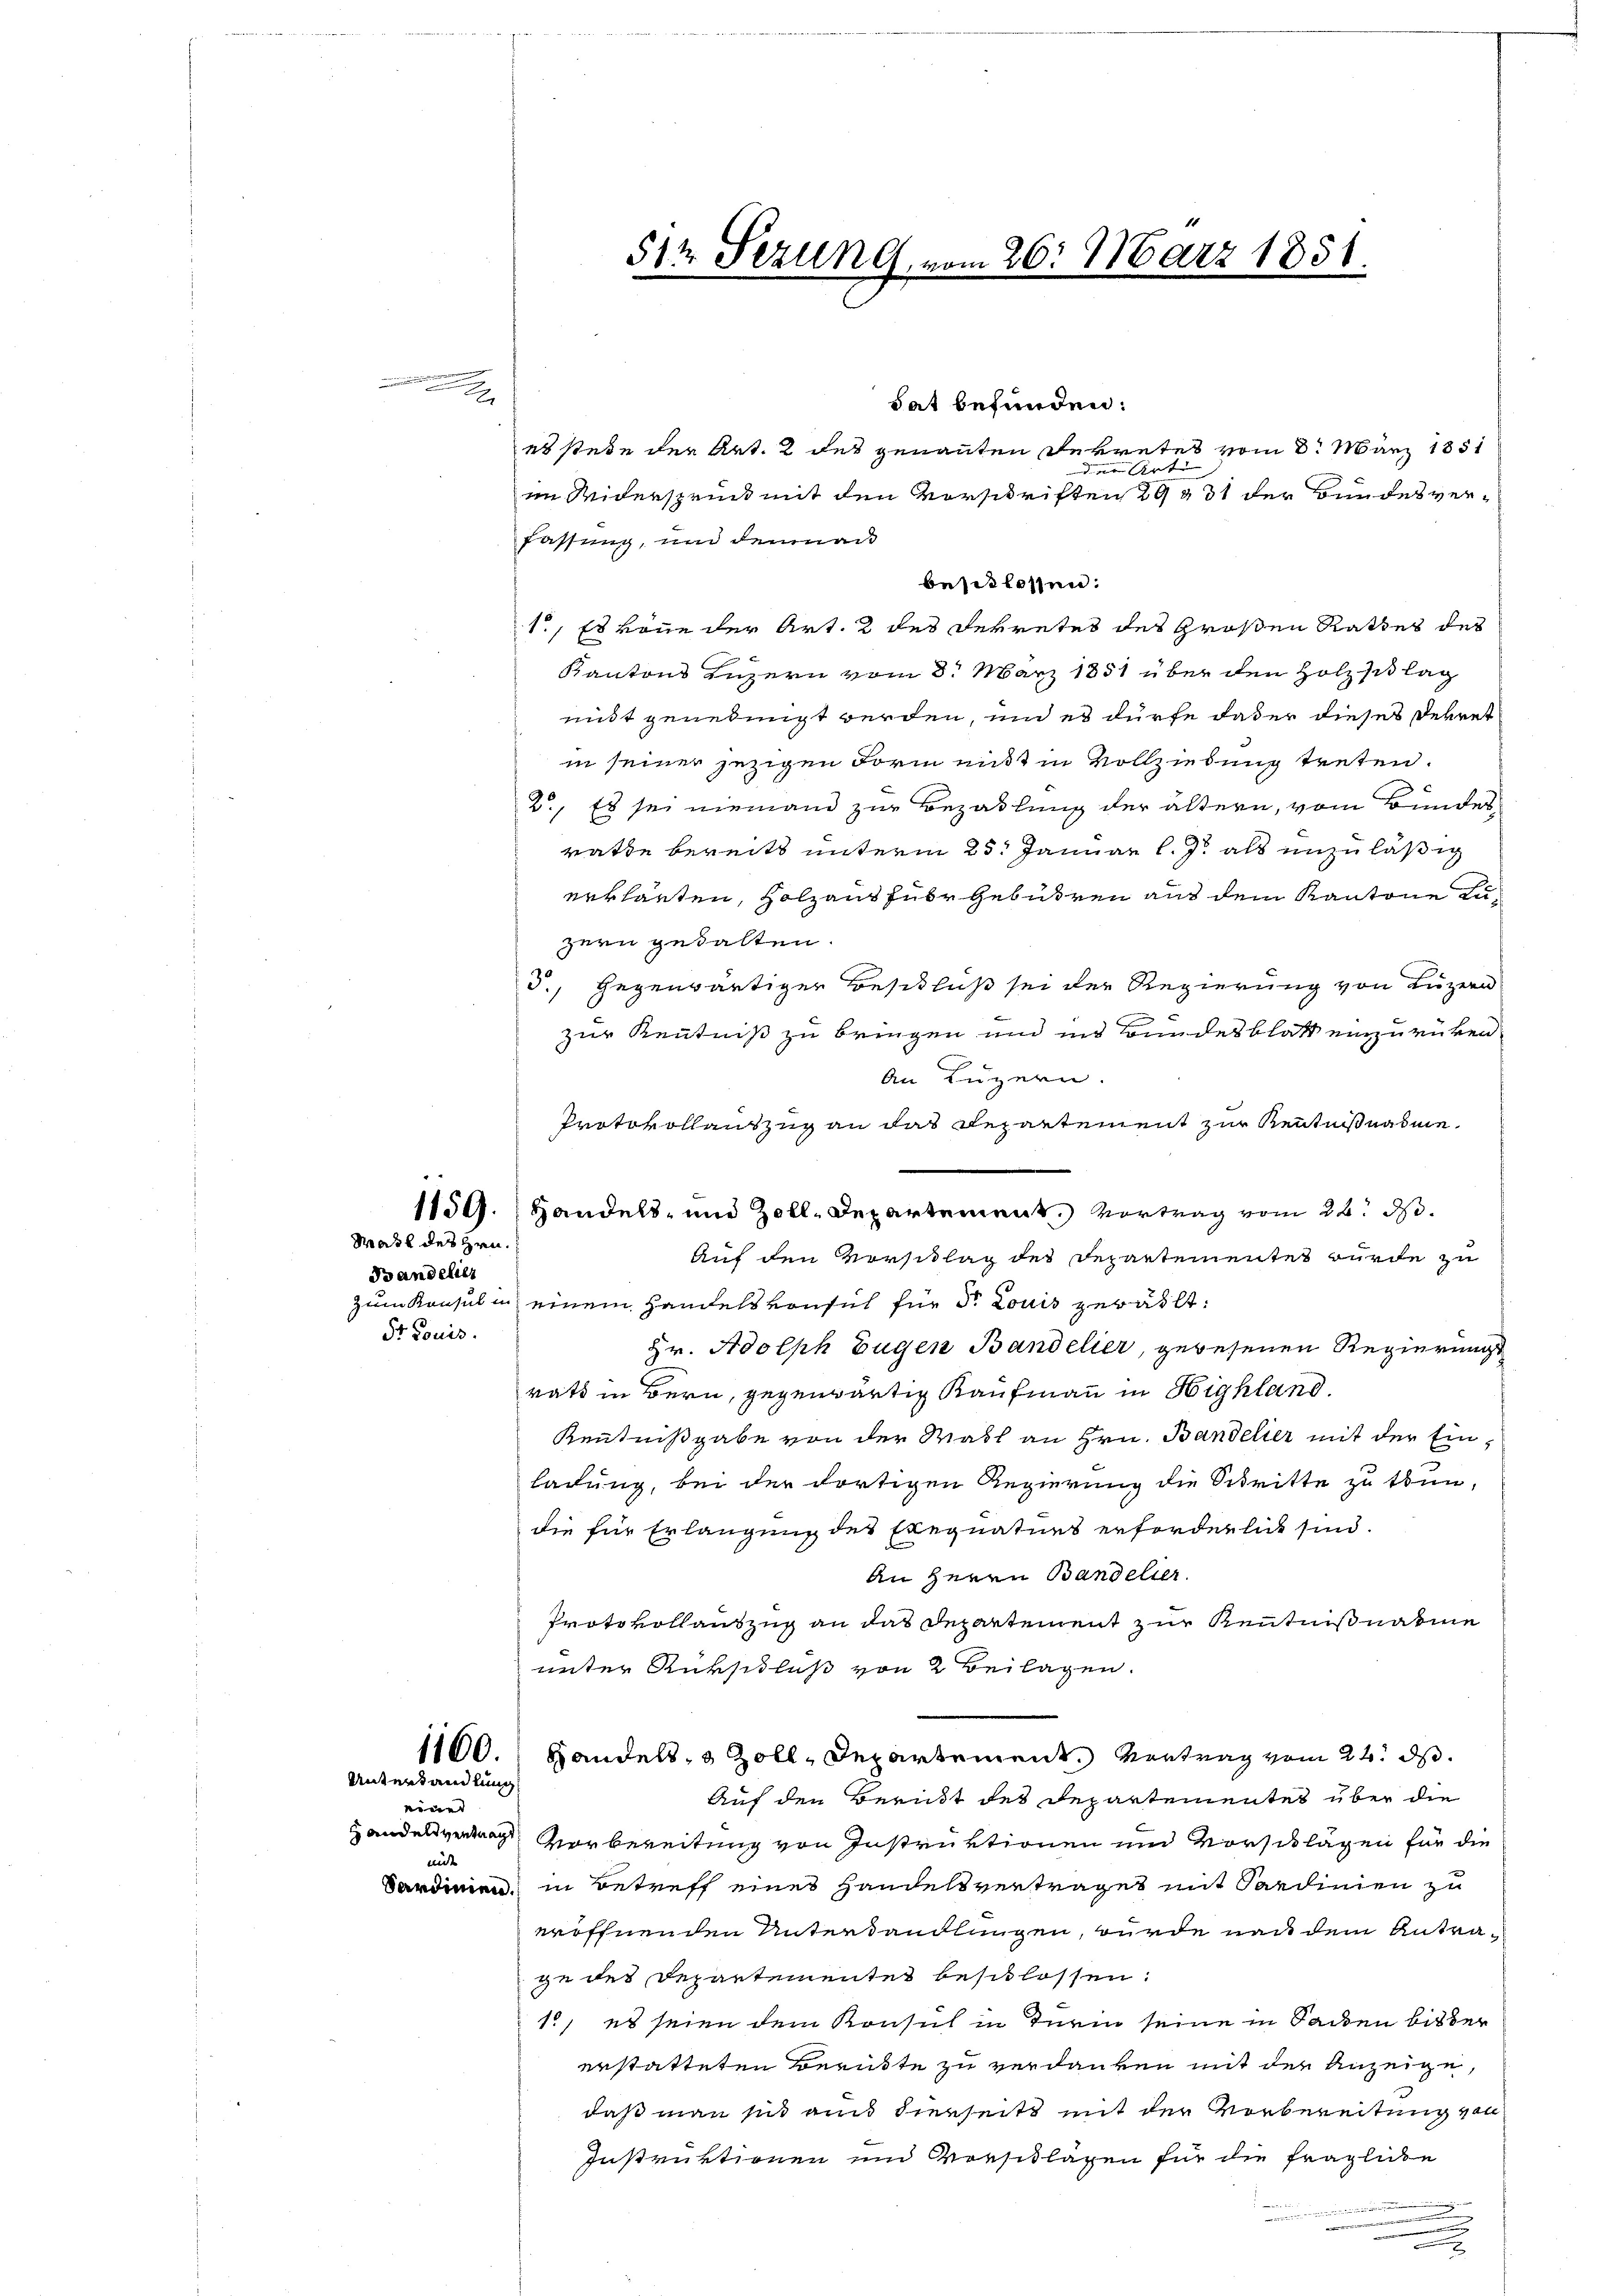
or
.

Bandelier
Sr Louis

1159.
Mahl des Hrn.

1160.
Unterhandlung

inet
mit

hat befunden:
es stehe der Art. 2 des genannten Dekretes vom 8. März 1851
d Arten |
im Widerspruck mit den Vorschriften 29 931 der Bundesverfassung, und demnac
besitlossen:
1., Es könne der Art. 2 des Sekretes des Großen Rathes des
Kantons Luzern vom 8. März 1851 über den Holz si lag
midt genehmigt werden, und es dürfe das er dieses Dekret
in seiner jezigen Form mit in Vollziehung treten.
2., Es sei niemand zur Bezahlung der ältern, vom Bundes
rathe bereits unterm 25. Januar l. J. als unzuläßig
erklärten, Holzauszuber Gebühren aus dem Kantone zuzern gehalten.
5., Gegenwärtiger Beschluß sei der Regierung von Luzern

zur Kenntniß zu bringen und ins Bundesblatt einzurüken
An Luzern.
Protokollauszug an das Repartement zur Kenntnißnahme
Handels- und Zoll-Departement. Vortrag vom 22. d.
Auf den Vorschlag des Departementes wurde zu
zum Konsul in einem Handels von sich für dr Louis gewählt:
Hr. Adolph Eugen Bandelier, gewesenen Regierungs
rats in Bern, gegenwärtig Kaufmann in Highland.
Kenntnißgabe von der Wahl an Hrn. Bandelier mit der Einladung, bei der dortigen Regierung die Schritte zu thun,
die für Erlangung des Exequaturs erforderlich sind.
An Herrn Bandelier.
Protokollauszug an das Departement zur Kenntnißnahme
unter Rükschluß von 2 Beilagen.
Handels, 3 Zoll, Departement. Vertrag vom 24. ds.
Auf den Bericht des Departementes über die
Handelsverwach vorbereitung von Instruktionen und Vorschlägen für die
Sardinien in Betreff eines Handelsvertraget mit Sardinien zu
eröffnenden Unterdandlungen, wurde nach dem Antrage des Departementes beschlossen:
10, es seien dem Konsul in Turin seine in Sachen bisher
erstatteten Berükte zu verdanken mit der Anzeige,
daß man sind ains dierseits mit der Vorbereitung von
Instruktionen und Vorschlägen für die fragliche
e
.
.

51 Sezung.

m 26. März 1851.